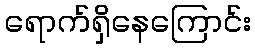
ရောက်ရှိနေကြောင်း